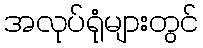
အလုပ်ရုံများတွင်